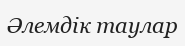
Әлемдік таулар